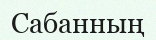
Сабанның